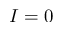
I = 0